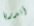
أندريا